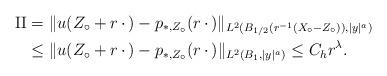
LaTeX: \begin{align*}{\rm II} & = \|u(Z_\circ + r\,\cdot\,) - p_{*,Z_\circ}(r\,\cdot\,)\|_{L^2(B_{1/2}(r^{-1}(X_\circ-Z_\circ)),|y|^a)} \\& \leq \|u(Z_\circ + r\,\cdot\,) - p_{*,Z_\circ}(r \,\cdot\,)\|_{L^2(B_{1},|y|^a)} \leq C_hr^\lambda.\end{align*}